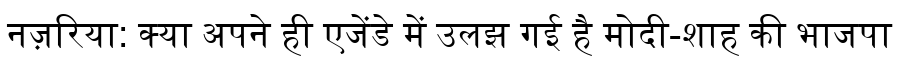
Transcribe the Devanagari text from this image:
नज़रिया: क्या अपने ही एजेंडे में उलझ गई है मोदी-शाह की भाजपा